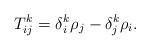
LaTeX: \begin{align*} T_{ij}^k = \delta_i^k \rho_j - \delta_j^k \rho_i.\end{align*}